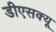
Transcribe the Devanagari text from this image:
डीएसक्यू